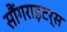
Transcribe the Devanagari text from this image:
सौंगराइटर्स